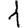
Digit: 1